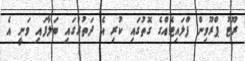
ރޫޓު ޕްރޫވިން ފްލައިޓެއްގެ ގޮތުގައި ކުރި އެ ދަތުރުގައި ބަލާފައި ވަނީ އެ